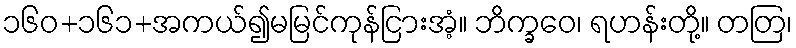
၁၆၀+၁၆၁+အကယ်၍မမြင်ကုန်ငြားအံ့။ ဘိက္ခဝေ၊ ရဟန်းတို့။ တတြ၊